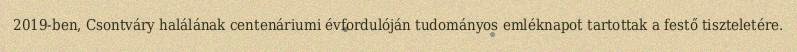
2019-ben, Csontváry halálának centenáriumi évfordulóján tudományos emléknapot tartottak a festő tiszteletére.